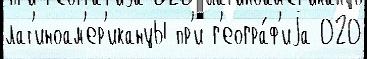
лат'иноам'ер'иканцы пр'и г'еогра́ф'иjа 020